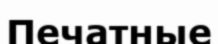
Печатные